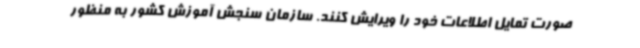
صورت تمایل اطلاعات خود را ویرایش کنند. سازمان سنجش آموزش کشور به منظور